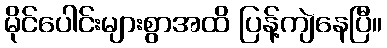
မိုင်ပေါင်းများစွာအထိ ပြန့်ကျဲနေပြီ။